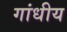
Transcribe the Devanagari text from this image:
गांधीय